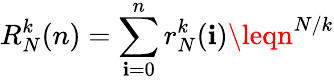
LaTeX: R_{N}^{k}(n)=\sum_{\mathbf{i}=0}^{n}r_{N}^{k}(\mathbf{i})\leqn^{N/k}